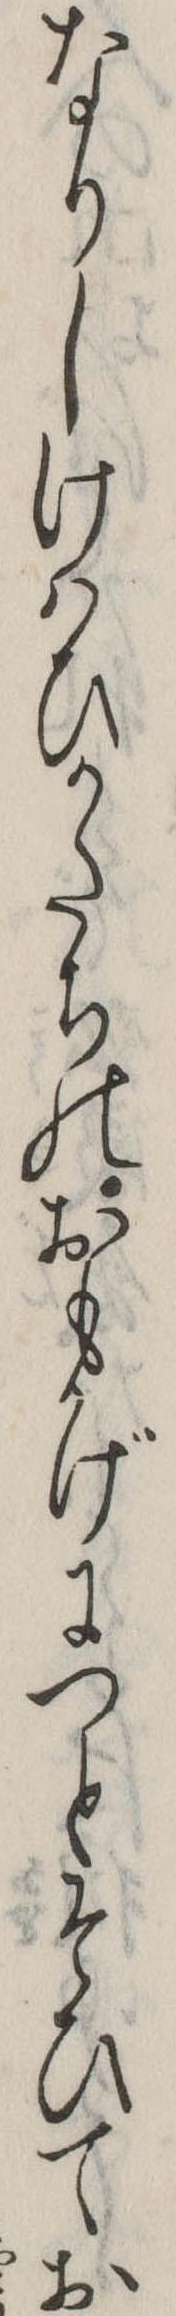
なりしけはひかたちのおもかげにつとそひてお